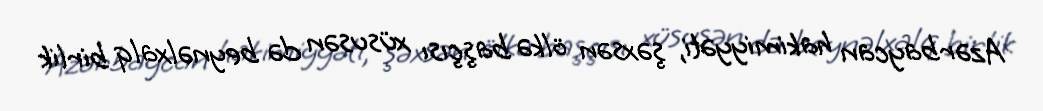
Azərbaycan hakimiyyəti, şəxsən ölkə başçısı xüsusən də beynəlxalq birlik